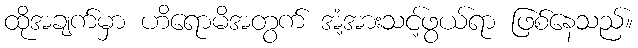
ထိုအချက်မှာ ဟိရောမိအတွက် အံ့အားသင့်ဖွယ်ရာ ဖြစ်နေသည်။